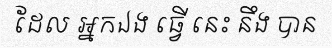
ដែល អ្នកឯង ធ្វើ នេះ នឹង បាន